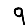
Digit: 9